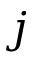
j